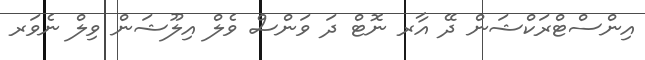
އިންސްޓްރަކްޝަން ދޭ އާރ ނޮޓް ދަ ވަންސް ވެލް އިލޫޝަން ވިލް ނެވަރ